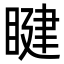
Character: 睷